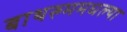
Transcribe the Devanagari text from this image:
बाथरुममधल्‍या